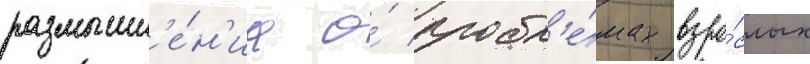
размышл'е́н'иа о́ пробл'е́мах взро́слых